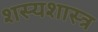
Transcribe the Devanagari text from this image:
शस्यशास्त्र